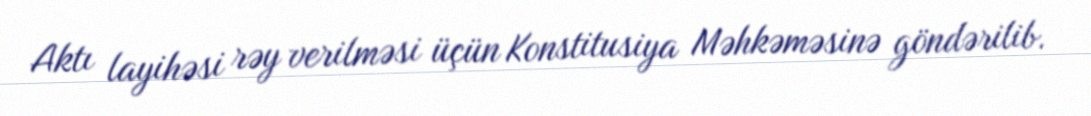
Aktı layihəsi rəy verilməsi üçün Konstitusiya Məhkəməsinə göndərilib.